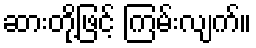
ဆားတို့ဖြင့် ကြမ်းလျက်။